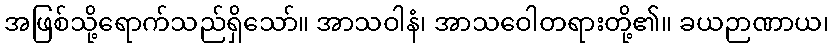
အဖြစ်သို့ရောက်သည်ရှိသော်။ အာသဝါနံ၊ အာသဝေါတရားတို့၏။ ခယဉာဏာယ၊